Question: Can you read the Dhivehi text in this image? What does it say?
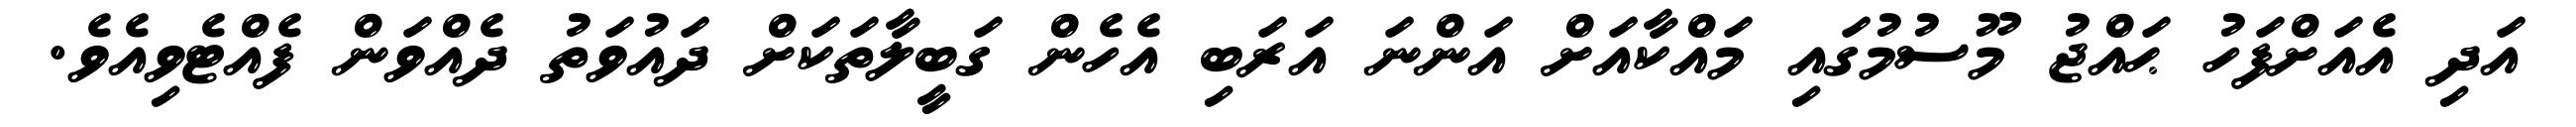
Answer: އަދި އެއަށްފަހު ޙައްޖު މޫސުމުގައި މައްކާއަށް އަންނަ އަރަބި އެހެން ގަބީލާތަކަށް ދައުވަތު ދެއްވަން ފެއްޓެވިއެވެ.